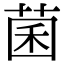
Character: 菌